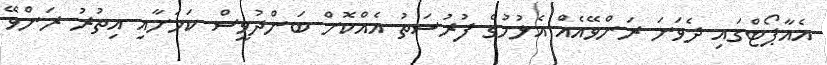
އެއާޕޯޓްގައި ދެވަނަ ރަންވޭއެއް އެޅުމުގެ ފުރުސަތު އެއްކޮށް ބަންދުވީސް ކަމަށާއި އިތުރު ރަންވޭ